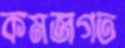
কমজগত